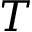
T